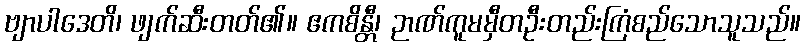
ဗျာပါဒေတိ၊ ဖျက်ဆီးတတ်၏။ ဧကစိန္တီ၊ ဉာဏ်ကူမမှီတဦးတည်းကြံစည်သောသူသည်။